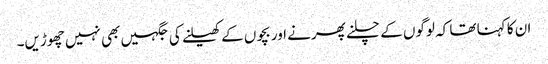
ان کا کہنا تھا کہ لوگوں کے چلنے پھرنے اور بچوں کے کھیلنے کی جگہیں بھی نہیں چھوڑیں۔